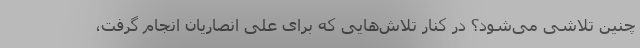
چنین تلاشی می‌شود؟ در کنار تلاش‌هایی که برای علی انصاریان انجام گرفت،